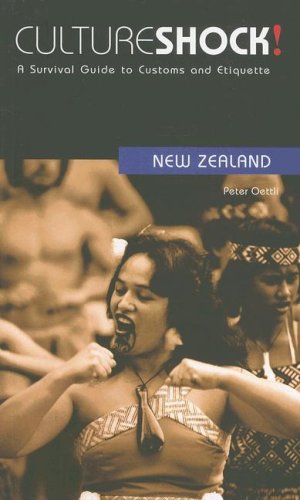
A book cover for Culture Shock! New Zealand: A Survival Guide to Customs and Etiquette (Culture Shock! Guides); Peter Oettli; Travel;